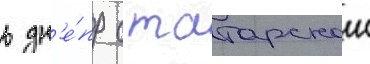
в дн'е́пр с татарскои